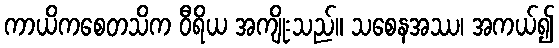
ကာယိကစေတသိက ဝီရိယ အကျိုးသည်။ သစေနအဿ၊ အကယ်၍